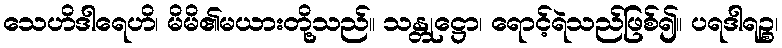
သေဟိဒါရေဟိ၊ မိမိ၏မယားတို့သည်။ သန္တုဋ္ဌော၊ ရောင့်ရဲသည်ဖြစ်၍။ ပရဒါရဉ္စ၊